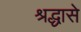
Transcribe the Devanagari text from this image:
श्रद्धासे